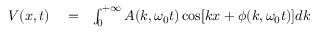
\begin{array} { r l r } { V ( x , t ) } & { { } = } & { \int _ { 0 } ^ { + \infty } A ( k , \omega _ { 0 } t ) \cos [ k x + \phi ( k , \omega _ { 0 } t ) ] d k } \end{array}